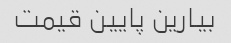
بیارین پایین قیمت